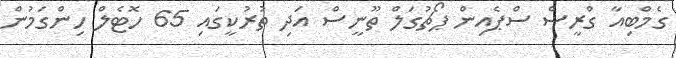
ގެމްބިއާ ގްރީސް ސްޕެއިން ޕޯޗުގަލް ތޫނީސް އަދި ތުރުކީގައި 65 ހޮޓެލް ހިންގަމުން